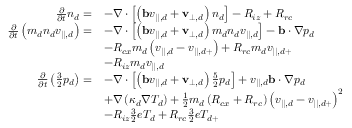
\begin{array} { r l } { \frac { \partial } { \partial t } n _ { d } = } & { - \nabla \cdot \left[ \left( \mathbf { b } v _ { | | , d } + \mathbf { v } _ { \perp , d } \right) n _ { d } \right] - R _ { i z } + R _ { r c } } \\ { \frac { \partial } { \partial t } \left( m _ { d } n _ { d } v _ { | | , d } \right) = } & { - \nabla \cdot \left[ \left( \mathbf { b } v _ { | | , d } + \mathbf { v } _ { \perp , d } \right) m _ { d } n _ { d } v _ { | | , d } \right] - \mathbf { b } \cdot \nabla p _ { d } } \\ & { - R _ { c x } m _ { d } \left( v _ { | | , d } - v _ { | | , d + } \right) + R _ { r c } m _ { d } v _ { | | , d + } } \\ & { - R _ { i z } m _ { d } v _ { | | , d } } \\ { \frac { \partial } { \partial t } \left( \frac { 3 } { 2 } p _ { d } \right) = } & { - \nabla \cdot \left[ \left( \mathbf { b } v _ { | | , d } + \mathbf { v } _ { \perp , d } \right) \frac { 5 } { 2 } p _ { d } \right] + v _ { | | , d } \mathbf { b } \cdot \nabla p _ { d } } \\ & { + \nabla \left( \kappa _ { d } \nabla T _ { d } \right) + \frac { 1 } { 2 } m _ { d } \left( R _ { c x } + R _ { r c } \right) \left( v _ { | | , d } - v _ { | | , d + } \right) ^ { 2 } } \\ & { - R _ { i z } \frac { 3 } { 2 } e T _ { d } + R _ { r c } \frac { 3 } { 2 } e T _ { d + } } \end{array}